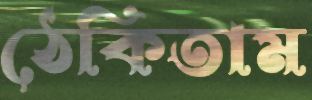
ঠেকিতাম